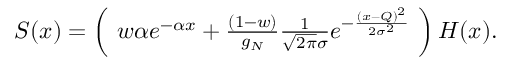
\begin{array} { r } { S ( x ) = \left( \ w \alpha e ^ { - \alpha x } + \frac { ( 1 - w ) } { g _ { N } } \frac { 1 } { \sqrt { 2 \pi } \sigma } e ^ { - \frac { ( x - Q ) ^ { 2 } } { 2 \sigma ^ { 2 } } } \ \right) H ( x ) . } \end{array}